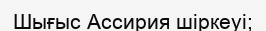
Шығыс Ассирия шіркеуі;